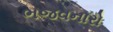
ભજવનારો